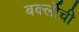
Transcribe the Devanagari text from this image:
बर्क्लीची